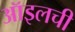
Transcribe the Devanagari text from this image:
ऑइलची